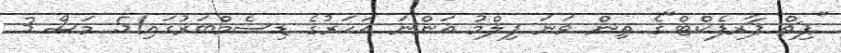
"ޕިޗް ޕާރފެކްޓް"ގެ ތިން ވަނަ ފިލްމު އަންނަ އަހަރުގެ ޑިސެމްބަރުގައި!5 މަސް 3